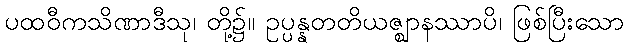
ပထဝီကသိဏာဒီသု၊ တို့၌။ ဥပ္ပန္နတတိယဇ္ဈာနဿာပိ၊ ဖြစ်ပြီးသော